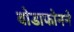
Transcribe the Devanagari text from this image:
वोडाफोनने